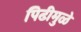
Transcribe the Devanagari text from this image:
पिढीमुळे